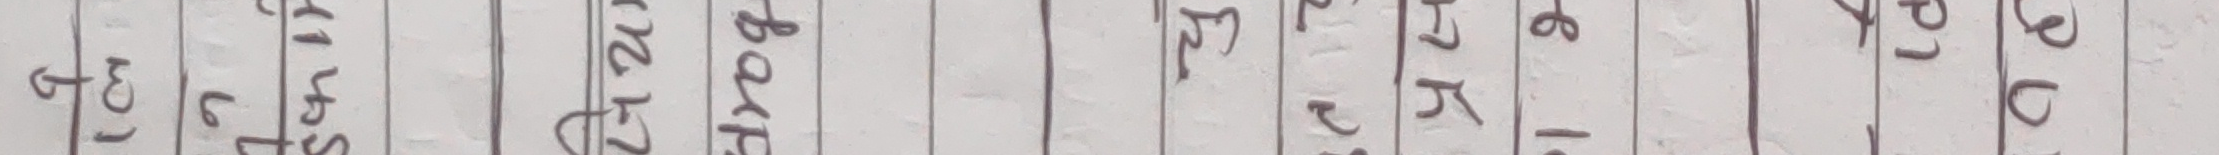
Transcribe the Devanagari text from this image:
छ १  ४   २५  ५  २  ५  ८  १  ९  २०